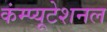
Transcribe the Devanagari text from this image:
कंम्‍प्‍यूटेशनल